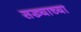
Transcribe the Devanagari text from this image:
सख्याच्या